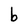
Character: b